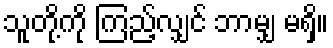
သူတို့ကို ကြည့်လျှင် ဘာမျှ မရှိ။